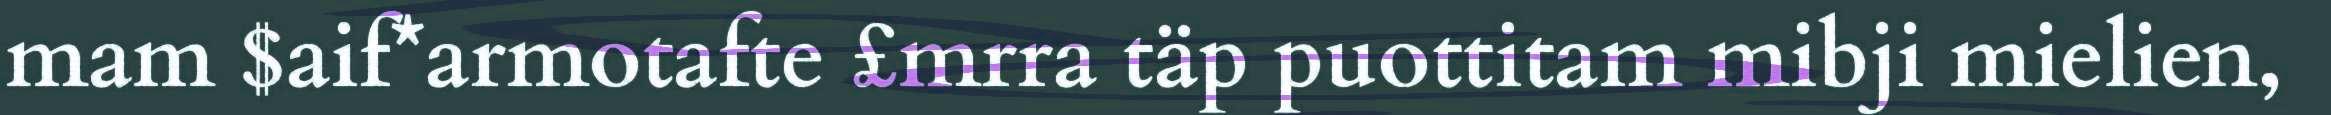
mam $aif*armotafte £mrra täp puottitam mibji mielien,